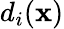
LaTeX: d_{i}(\mathbf{x})